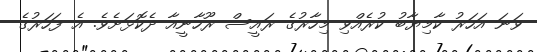
ވަނަ އަހަރު ކާމިޔާބު ކުރެއްވި މިހާރުގެ ރައީސް ރޫހާނީއާ ދެކޮޅަށެވެ. އެ ފަހަރުގެ